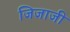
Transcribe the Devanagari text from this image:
जिजाजी